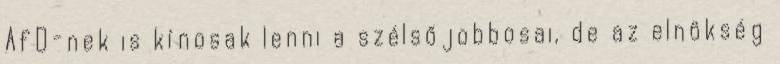
AfD-nek is kínosak lenni a szélsőjobbosai, de az elnökség